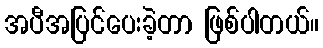
အပီအပြင်ပေးခဲ့တာ ဖြစ်ပါတယ်။